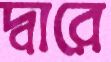
দ্বারে